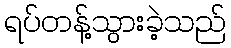
ရပ်တန့်သွားခဲ့သည်